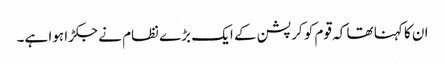
ان کا کہنا تھا کہ قوم کو کرپشن کے ایک بڑے نظام نے جکڑا ہوا ہے۔